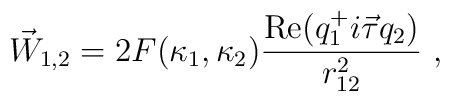
\vec W_{1,2}=  2 F(\kappa_1,\kappa_2)\frac{ {\rm Re}(q_1^+ i \vec \tau q_2) }   {r_{12}^2} ~,